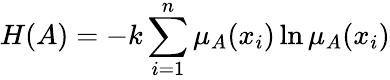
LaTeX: H(A)=-k\sum_{i=1}^{n}\mu_{A}(x_{i})\ln\mu_{A}(x_{i})